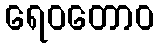
ရေဝတောဝ